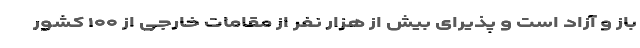
باز و آزاد است و پذیرای بیش از هزار نفر از مقامات خارجی از ۱۰۰ کشور